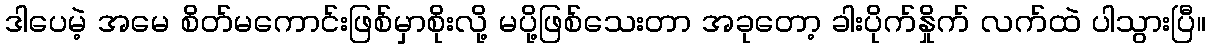
ဒါပေမဲ့ အမေ စိတ်မကောင်းဖြစ်မှာစိုးလို့ မပို့ဖြစ်သေးတာ အခုတော့ ခါးပိုက်နှိုက် လက်ထဲ ပါသွားပြီ။